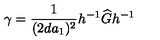
\gamma = \frac { 1 } { ( 2 d a _ { 1 } ) ^ { 2 } } h ^ { - 1 } \widehat { G } h ^ { - 1 }